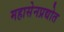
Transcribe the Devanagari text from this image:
महासेनप्रद्योत